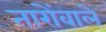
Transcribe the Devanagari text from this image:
तारोंवाले